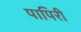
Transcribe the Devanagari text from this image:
पापिरी